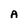
Character: A